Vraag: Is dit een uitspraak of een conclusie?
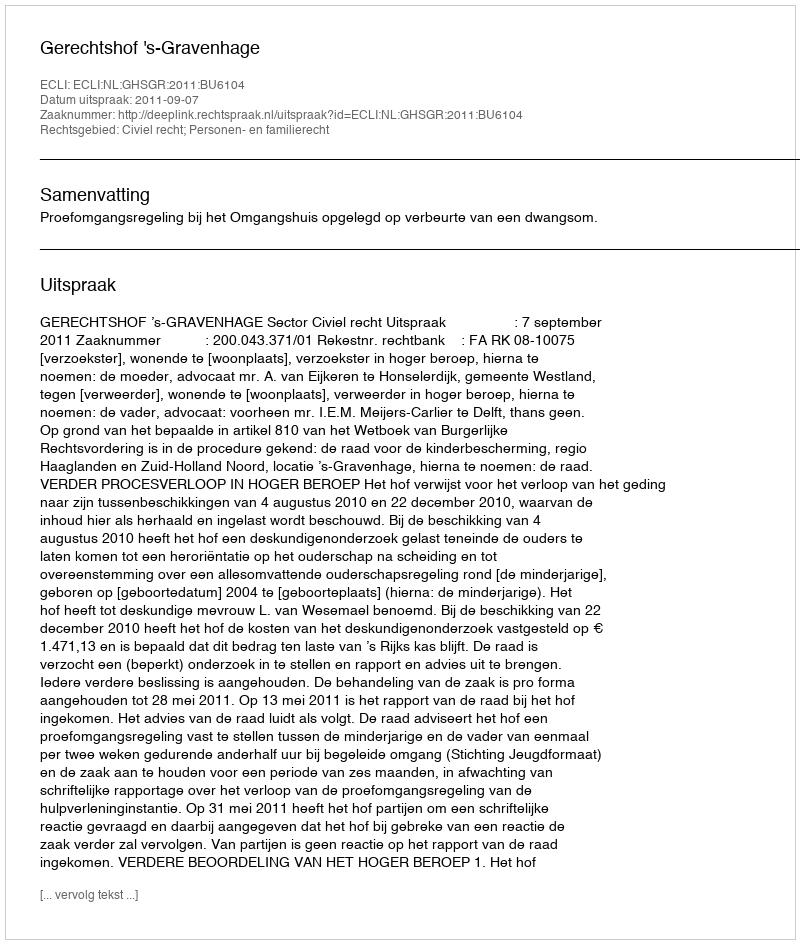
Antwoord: Uitspraak